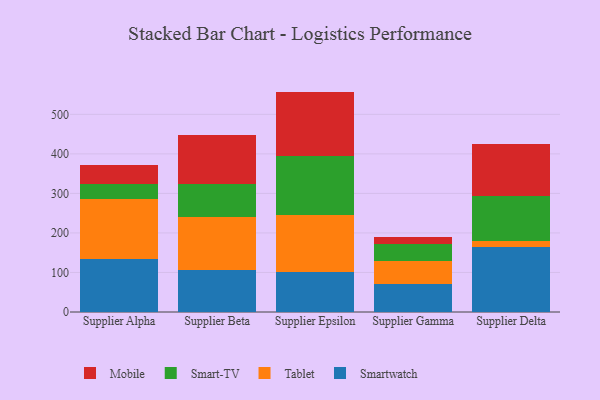
{"axis": {"x": "Supplier", "y": "Budget (USD K)"}, "legend": ["Mobile", "Smart-TV", "Smartwatch", "Tablet"], "data": [{"x": "Supplier Alpha", "y": 134.5, "type": "Smartwatch"}, {"x": "Supplier Alpha", "y": 152.2, "type": "Tablet"}, {"x": "Supplier Alpha", "y": 36.2, "type": "Smart-TV"}, {"x": "Supplier Alpha", "y": 48.1, "type": "Mobile"}, {"x": "Supplier Beta", "y": 106.1, "type": "Smartwatch"}, {"x": "Supplier Beta", "y": 133.3, "type": "Tablet"}, {"x": "Supplier Beta", "y": 84.9, "type": "Smart-TV"}, {"x": "Supplier Beta", "y": 123.6, "type": "Mobile"}, {"x": "Supplier Epsilon", "y": 101.7, "type": "Smartwatch"}, {"x": "Supplier Epsilon", "y": 142.6, "type": "Tablet"}, {"x": "Supplier Epsilon", "y": 150.1, "type": "Smart-TV"}, {"x": "Supplier Epsilon", "y": 163.2, "type": "Mobile"}, {"x": "Supplier Gamma", "y": 71.5, "type": "Smartwatch"}, {"x": "Supplier Gamma", "y": 56.9, "type": "Tablet"}, {"x": "Supplier Gamma", "y": 44.2, "type": "Smart-TV"}, {"x": "Supplier Gamma", "y": 17.8, "type": "Mobile"}, {"x": "Supplier Delta", "y": 163.3, "type": "Smartwatch"}, {"x": "Supplier Delta", "y": 17.2, "type": "Tablet"}, {"x": "Supplier Delta", "y": 112.8, "type": "Smart-TV"}, {"x": "Supplier Delta", "y": 132.3, "type": "Mobile"}]}